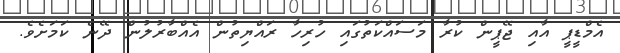
އެމްޑީޕީ އާއި ޖޭޕީން ކުރާ މަސައްކަތުގައި ހުރިހާ ރައްޔިތުން އެއްބާރުލުން ދޭނެ ކަމަށެވެ.